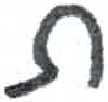
אות: ת